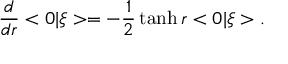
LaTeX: \frac { d } { d r } < 0 | \xi > = - \frac { 1 } { 2 } \operatorname { t a n h } r < 0 | \xi > .